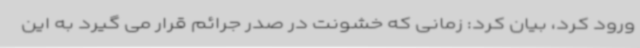
ورود کرد، بیان کرد: زمانی که خشونت در صدر جرائم قرار می گیرد به این